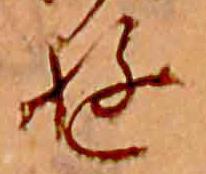
ゆ